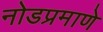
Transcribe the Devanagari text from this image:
नोडप्रमाणे